Report on the working of the Ranchi Indian Mental Hospital, Kanke, in Bihar and Orissa - 1930-1940
Year: 1930
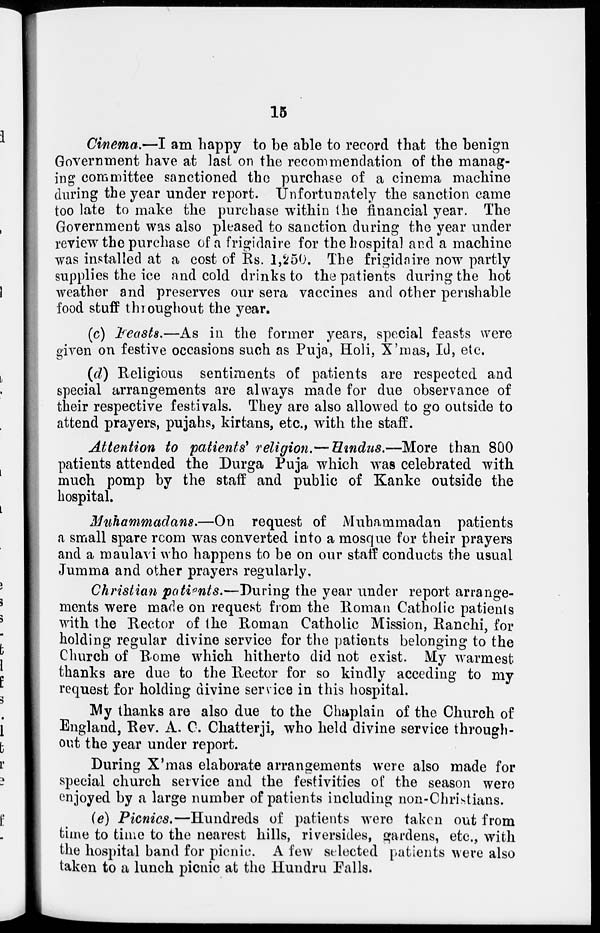
15
Cinema.—I am happy to be able to record that the benign
Government have at last on the recommendation of the manag-
ing committee sanctioned the purchase of a cinema machine
during the year under report. Unfortunately the sanction came
too late to make the purchase within the financial year. The
Government was also pleased to sanction during the year under
review the purchase of a frigidaire for the hospital and a machine
was installed at a cost of Rs. 1,250. The frigidaire now partly
supplies the ice and cold drinks to the patients during the hot
weather and preserves our sera vaccines and other perishable
food stuff throughout the year.
(c) Feasts.—As in the former years, special feasts were
given on festive occasions such as Puja, Holi, X'mas, Id, etc.
(d) Religious sentiments of patients are respected and
special arrangements are always made for due observance of
their respective festivals. They are also allowed to go outside to
attend prayers, pujahs, kirtans, etc., with the staff.
Attention to patients' religion.— Hindus.—More than 800
patients attended the Durga Puja which was celebrated with
much pomp by the staff and public of Kanke outside the
hospital.
Muhammadans.—On request of Muhammadan patients
a small spare rcom was converted into a mosque for their prayers
and a maulavi who happens to be on our staff conducts the usual
Jumma and other prayers regularly.
Christian patients.—During the year under report arrange-
ments were made on request from the Roman Catholic patients
with the Rector of the Roman Catholic Mission, Ranchi, for
holding regular divine service for the patients belonging to the
Church of Rome which hitherto did not exist. My warmest
thanks are due to the Rector for so kindly acceding to my
request for holding divine service in this hospital.
My thanks are also due to the Chaplain of the Church of
England, Rev. A. C. Chatterji, who held divine service through-
out the year under report.
During X'mas elaborate arrangements were also made for
special church service and the festivities of the season were
enjoyed by a large number of patients including non-Christians.
(e) Picnics.—Hundreds of patients were taken out from
time to time to the nearest hills, riversides, gardens, etc., with
the hospital band for picnic. A few selected patients were also
taken to a lunch picnic at the Hundru Falls.